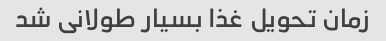
زمان تحویل غذا بسیار طولانی شد